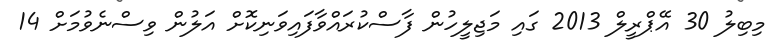
މިބިލު 30 އޭޕްރީލް 2013 ގައި މަޖިލީހުން ފާސްކުރައްވާފައިވަނިކޮށް އަލުން ވިސްނެވުމަށް 14